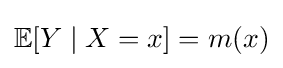
\mathbb {E} [Y\mid X=x]=m(x)